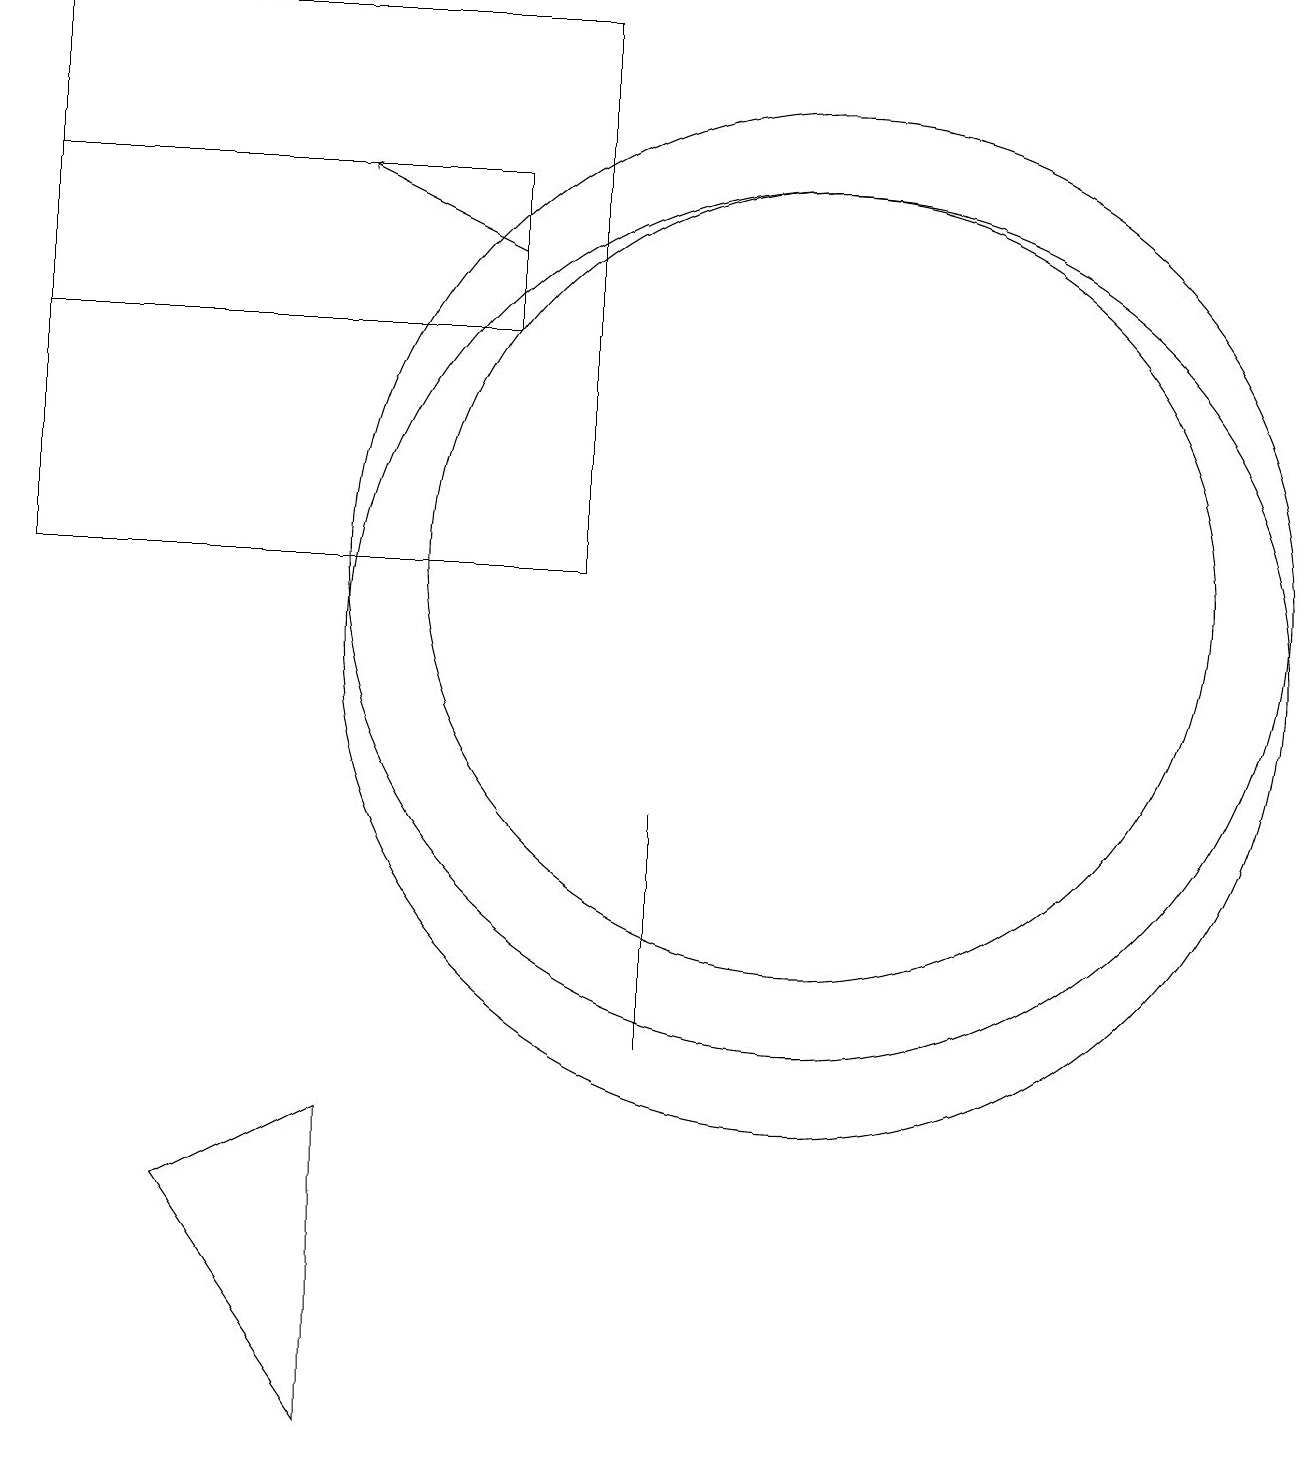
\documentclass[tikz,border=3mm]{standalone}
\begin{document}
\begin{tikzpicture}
\draw[->] (7,15) -- (5,16);
\draw (11,11) circle (6);
\draw (11,10) circle (6);
\draw (9,7) -- (9,8) -- (9,5) -- cycle;
\draw (5,0) -- (3,3) -- (5,4) -- cycle;
\draw (1,16) rectangle (7,14);
\draw (11,11) circle (5);
\draw (8,18) rectangle (1,11);
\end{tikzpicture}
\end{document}